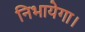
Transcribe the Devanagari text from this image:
निभायेगा।